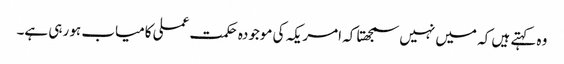
وہ کہتے ہیں کہ میں نہیں سمجھتا کہ امریکہ کی موجودہ حکمت عملی کامیاب ہو رہی ہے۔